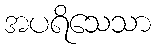
အပရိသေသာ